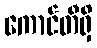
ကောင်တီရှိ